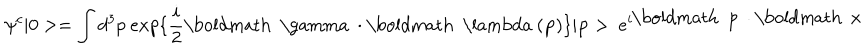
LaTeX: \psi ^ { c } | 0 > = \int d ^ { 3 } p ~ e x p \{ \frac { i } { 2 } \mathrm { \boldmath ~ \ g a m m a ~ } \cdot \mathrm { \boldmath ~ \ l a m b d a ~ } ( { \bf p } ) \} | { \bf p } > ~ e ^ { i \mathrm { \boldmath ~ p ~ } \cdot \mathrm { \boldmath ~ x ~ } }